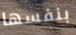
بنفسها